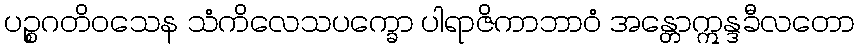
ပဉ္စဂတိဝသေန သံကိလေသပက္ခော ပါရာဇိကာဘာဝံ အန္တောဣန္ဒခီလတော